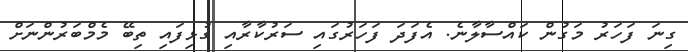
ގިނަ ފަހަރު މަގުން ކައްސާލާނެ. އެފަދަ ފަހަރުގައި ސަރުކާރާއި ގުޅިފައި ތިބޭ މެމްބަރުންނަށް